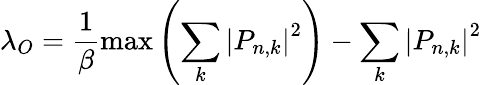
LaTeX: \lambda_{O}=\frac{1}{\beta}\operatorname*{max}\left(\sum_{k}\left|P_{n,k}\right|^{2}\right)-\sum_{k}\left|P_{n,k}\right|^{2}